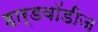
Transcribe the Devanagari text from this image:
हार्डबॉडीज